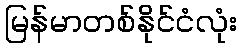
မြန်မာတစ်နိုင်ငံလုံး